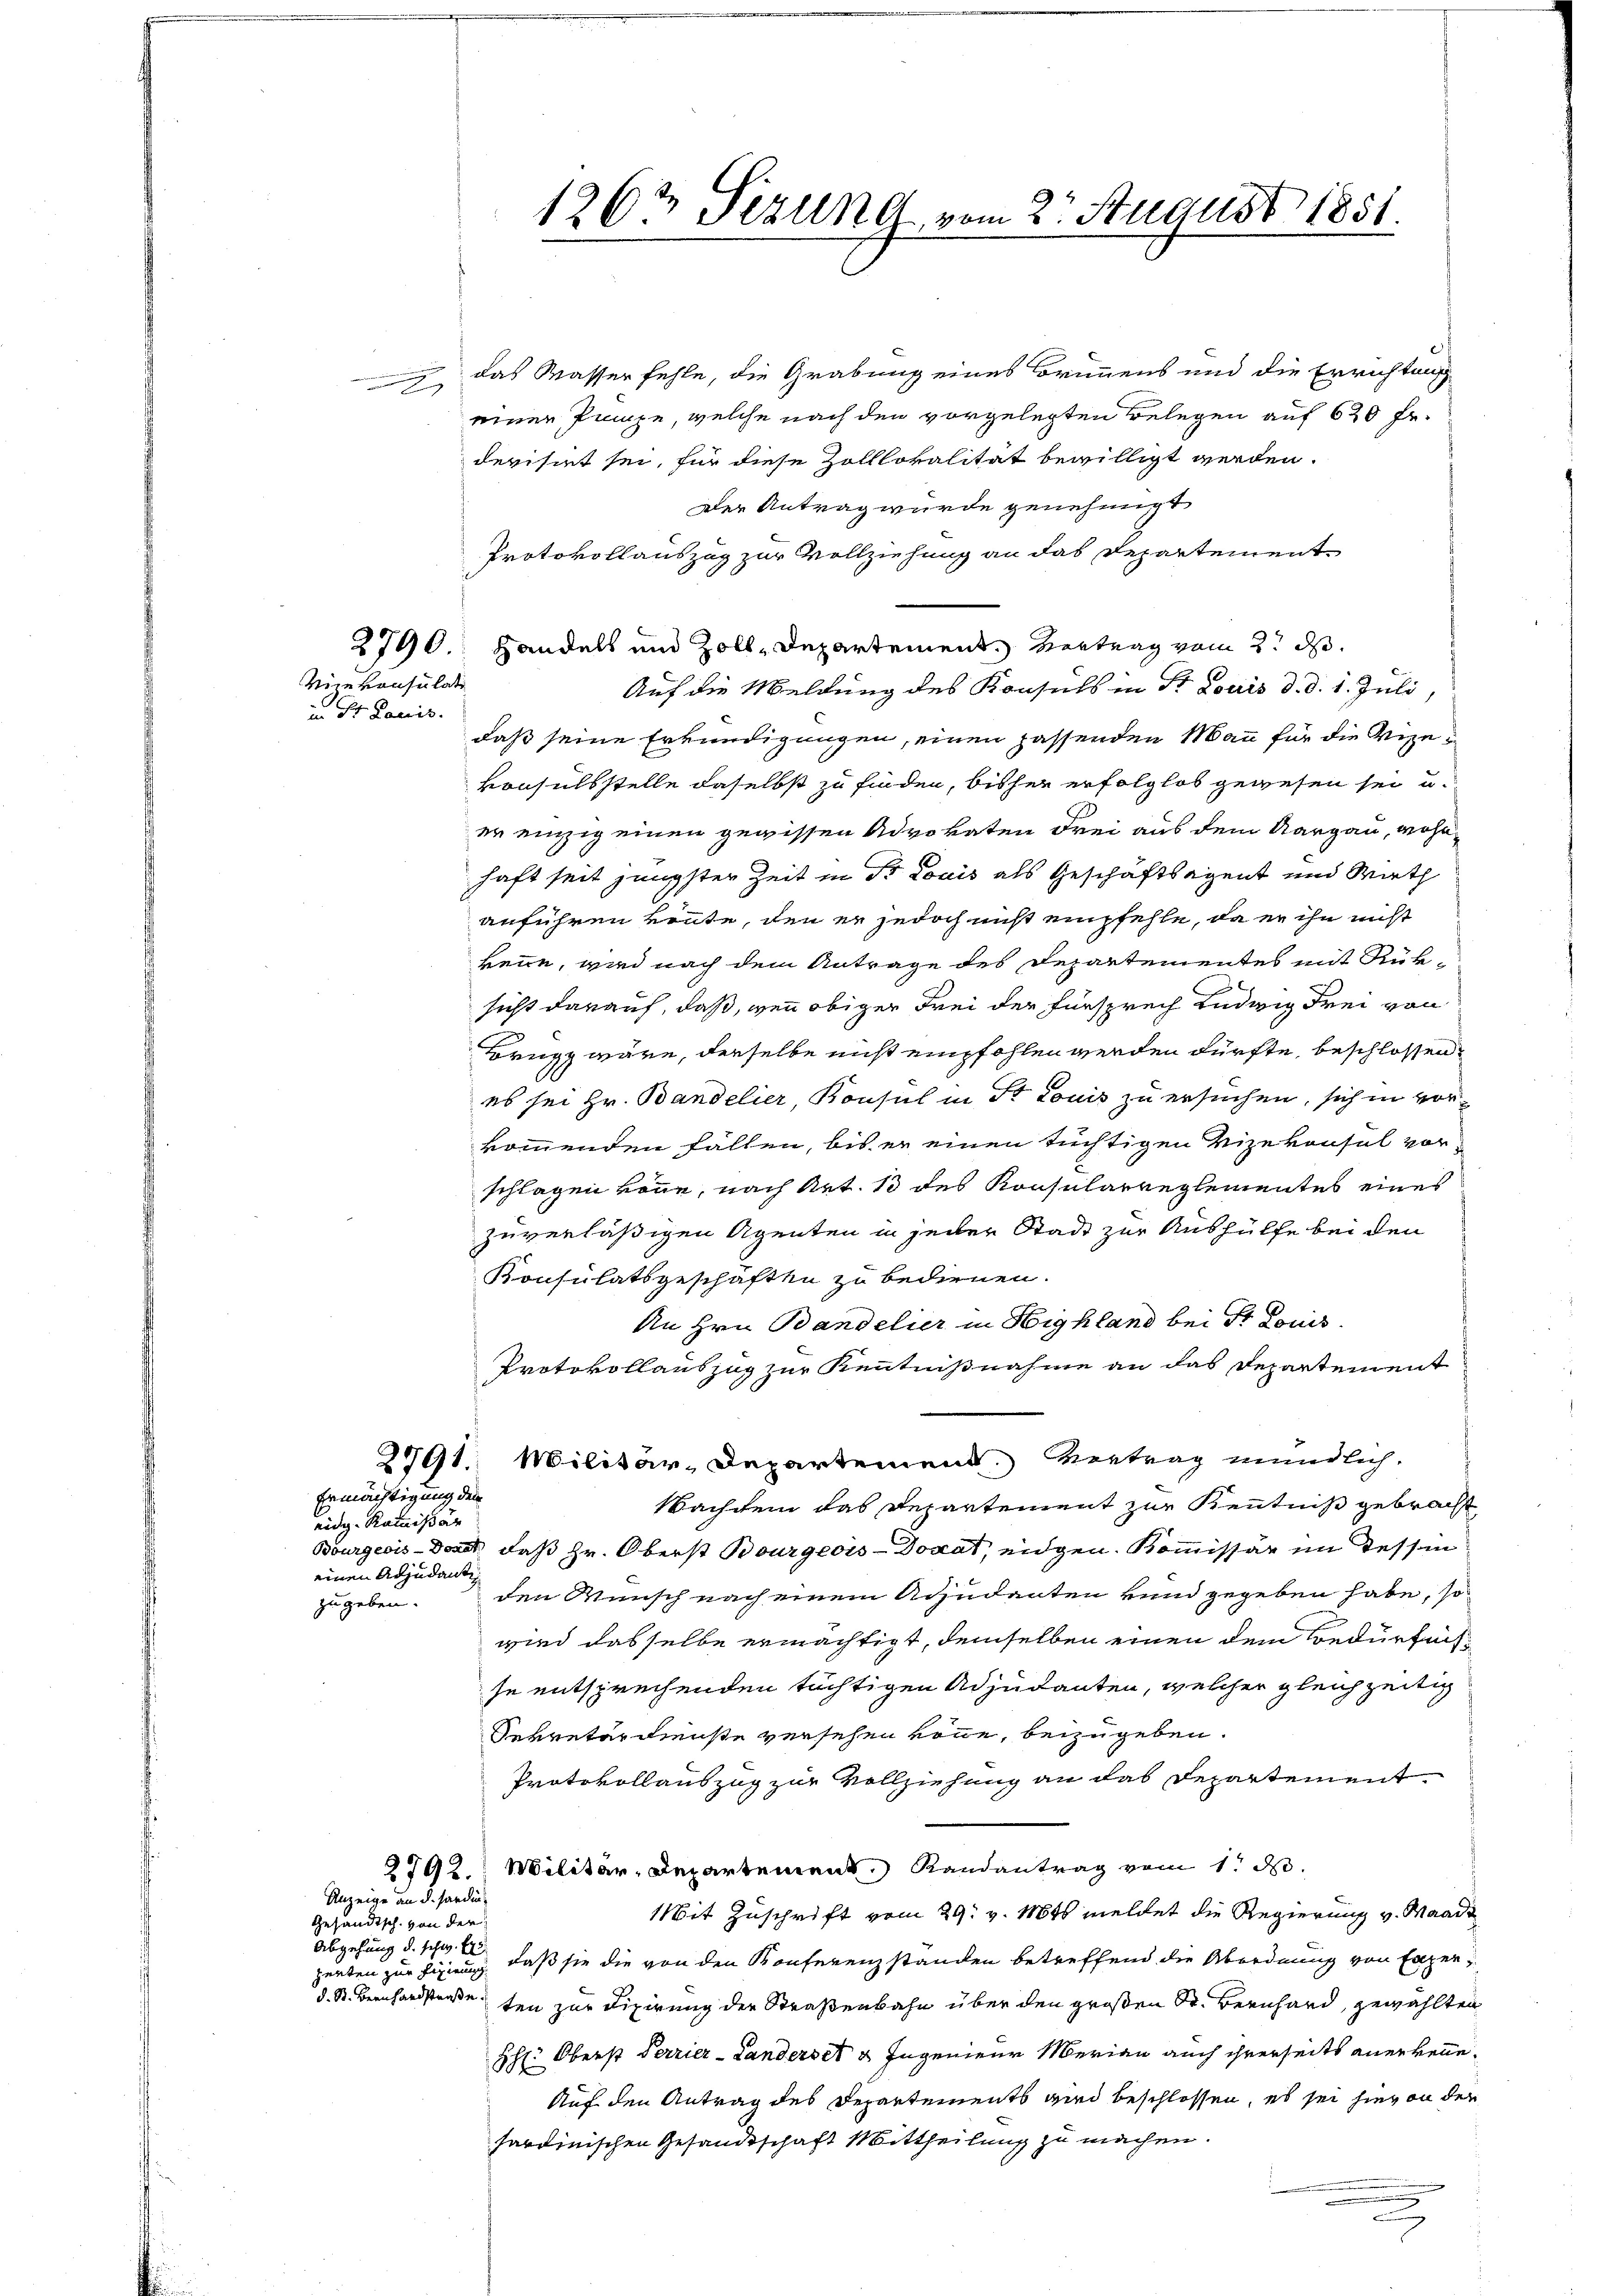
Vizekonsulati
 St Lauis

Ermächtigung den
eidg. Kommissär
einen Adjudank
zugeben.

Gesandtsch. von der

das Wasser fehle, die Grabung eines Brunnens und die Errichtung
einer Panze, welche nach den vorgelegten Belegen auf 620 fr.
derisiet sei, für diese Zolllokalität bewilligt werden.
Der Antrag wurde genehmigt
Protokollauszug zur Vollziehung an das Departement
2790. Handels und Zoll-Departement Vertrag vom 2t d.
Auf die Meldung des Konsuls in St. Louis d. d. 1. Juli,
daß seine Erkundigungen, einen passenden Mann für die Vizevonsuls stelle daselbst zu finden, bisher erfolglos gewesen sei u.
er einzig einen gewissen Advokaten drei aus dem Aargau, wohl,
haft seit jüngster Zeit in Dr Louis als Geschäftsagent und Wirth
anführen könnte, den er jedoch nicht empfehle, da er ihn nicht
kenne, wird nach dem Antrage des Departementes mit Rüksicht darauf, daß, wenn obiger Frei der Fürsprech Ludwig Frei von
Brugg wäre, derselbe nicht empfohlen werden dürfte, beschlossen,
es sei Hr. Bandelier, Konsul in St. Louis zu ersuchen, sich in vorkommenden Fällen, bis er einen tüchtigen Vizekonsul vor-
schlagen könne, nach Art. 13 des Konsularreglementes eines
zuverläßigen Agenten in jener Stadt zur Aushülfe bei den
Konsulatsgeschäften zu bedienen.
An Hrn. Bandelier in Highland bei Dr. Louis
Protokollauszug zur Kenntnißnahme an das Departement
2991. Militär-Departement. Vertrag mündlich.
Nachdem das Departement zur Kenntniß gebrach
Bourgeois Dort, daß Hr. Oberst Bourgeois-Docat, eidgen. Kommissär im Tessin
den Wunsch nach einem Adjudenten vnnd gegeben habe, so
wird dasselbe ermächtigt, demselben einen dem Bedürfnisse entsprechenden tüchtigen Adjutanten, welcher gleichzeitig
Sekretärdienste versehen könne, beizugeben.
Protokollauszug zur Vollziehung an das Departement
2792. Militär-Departement, Randantrag vom 1. d.
Anzeige an d. Sardin
Mit Zuschrift vom 29. v. Mts meldet die Regierung v. Waadt
Abgehung d. schw. B. daß sie die von den Konferenzstanden betreffend die Abordnung von Exper
zenten zur Fixieung
d. St. Bernhardstraße.
ten zur Fixirung der Straßenbahn über den großen Sr. Bernhard, gewählten
HH: Oberst Perrier-Landerset u Ingenieur Merian auch ihrerseits anerkenne.
Auf den Antrag des Departements wird beschlossen, es sei hievon der
sardinischen Gesandtschaft Mittheilung zu machen.

126 Sezung vom 2. August 1851.

n